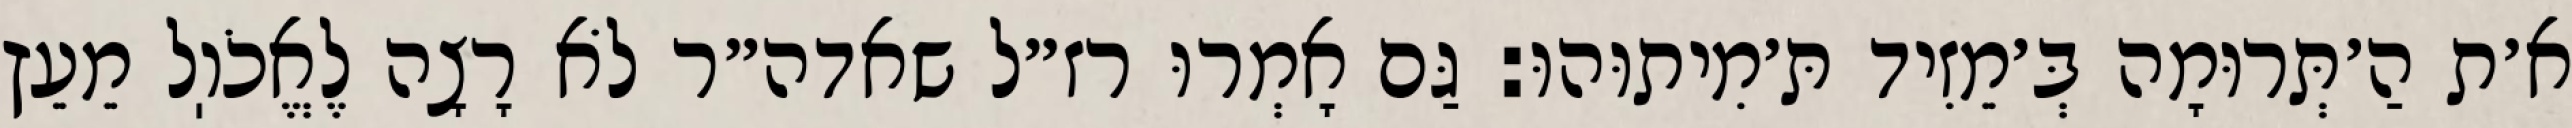
א׳ת הַ׳תְּרוּמָה בְּ׳מֵזִיד תּ׳מִיתוּהוּ: גַּם אָמְרוּ רז״ל שאדה״ר לֹא רָצָה לֶאֱכֹוֽל מֵעֵץ